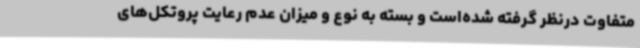
متفاوت درنظر گرفته شده‌است و بسته به نوع و میزان عدم رعایت پروتکل‌های